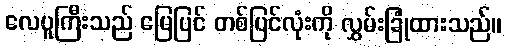
လေပူကြီးသည် မြေပြင် တစ်ပြင်လုံးကို လွှမ်းခြုံထားသည်။